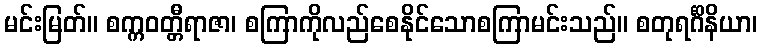
မင်းမြတ်။ စက္ကဝတ္တီရာဇာ၊ စကြာကိုလည်စေနိုင်သောစကြာမင်းသည်။ စတုရင်္ဂိနိယာ၊